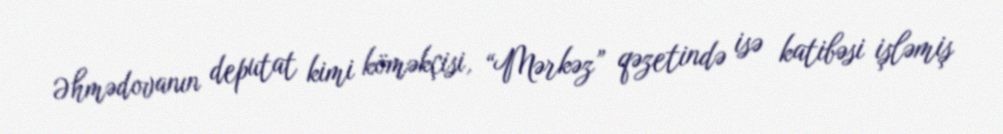
Əhmədovanın deputat kimi köməkçisi, “Mərkəz” qəzetində isə katibəsi işləmiş